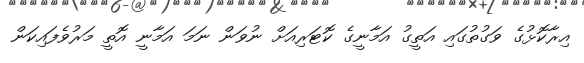
އިރާކޮޅުގެ ވަގުތުގައި އަތީގު އަމާނީގެ ކޮޓަރިއަށް ނުވަން ނަމަ އަމާނީ އޮތީ މަރުވެފައިކަން